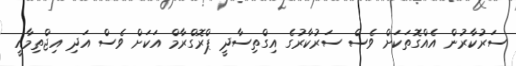
ސަރުކާރުން އެއްގޮތަކަށް ވެސް ސަރުކާރުގެ އިގްތިސާދީ ޕްރޮގްރާމް އަކަށް ވެސް އަދި އިޖްތިމާއީ